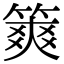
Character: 𥱶